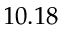
1 0 . 1 8